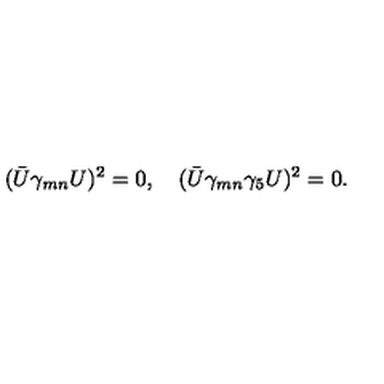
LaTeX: ( \bar { U } \gamma _ { m n } U ) ^ { 2 } = 0 , \quad ( \bar { U } \gamma _ { m n } \gamma _ { 5 } U ) ^ { 2 } = 0 .